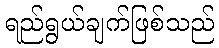
ရည်ရွယ်ချက်ဖြစ်သည်